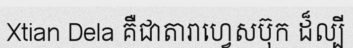
Xtian Dela គឺជាតារាហ្វេសប៊ុក ដ៏ល្បី